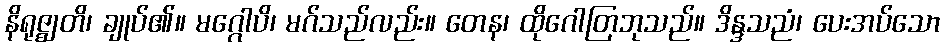
နိရုဇ္ဈတိ၊ ချုပ်၏။ မဂ္ဂေါပိ၊ မဂ်သည်လည်း။ တေန၊ ထိုဂေါတြဘုသည်။ ဒိန္ဒသညံ၊ ပေးအပ်သော